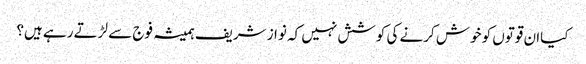
کیاان قوتوں کو خوش کرنے کی کوشش نہیں کہ نواز شریف ہمیشہ فوج سے لڑتے رہے ہیں؟